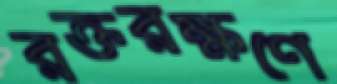
রক্তরক্ষণে